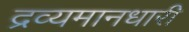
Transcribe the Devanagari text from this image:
द्रव्यमानधारी